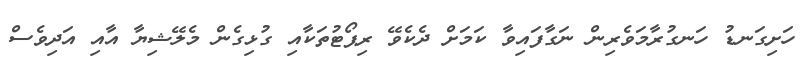
ހަށިގަނޑު ހަނގުރާމަވެރިން ނަގާފައިވާ ކަމަށް ދެކެވޭ ރިޕޯޓުތަކާއި ގުޅިގެން މެލޭޝިޔާ އާއި އަދިވެސް